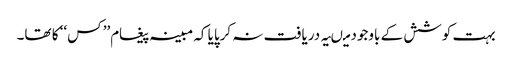
بہت کوشش کے باوجود میںیہ دریافت نہ کرپایا کہ مبینہ پیغام’’ کس‘‘ کا تھا۔